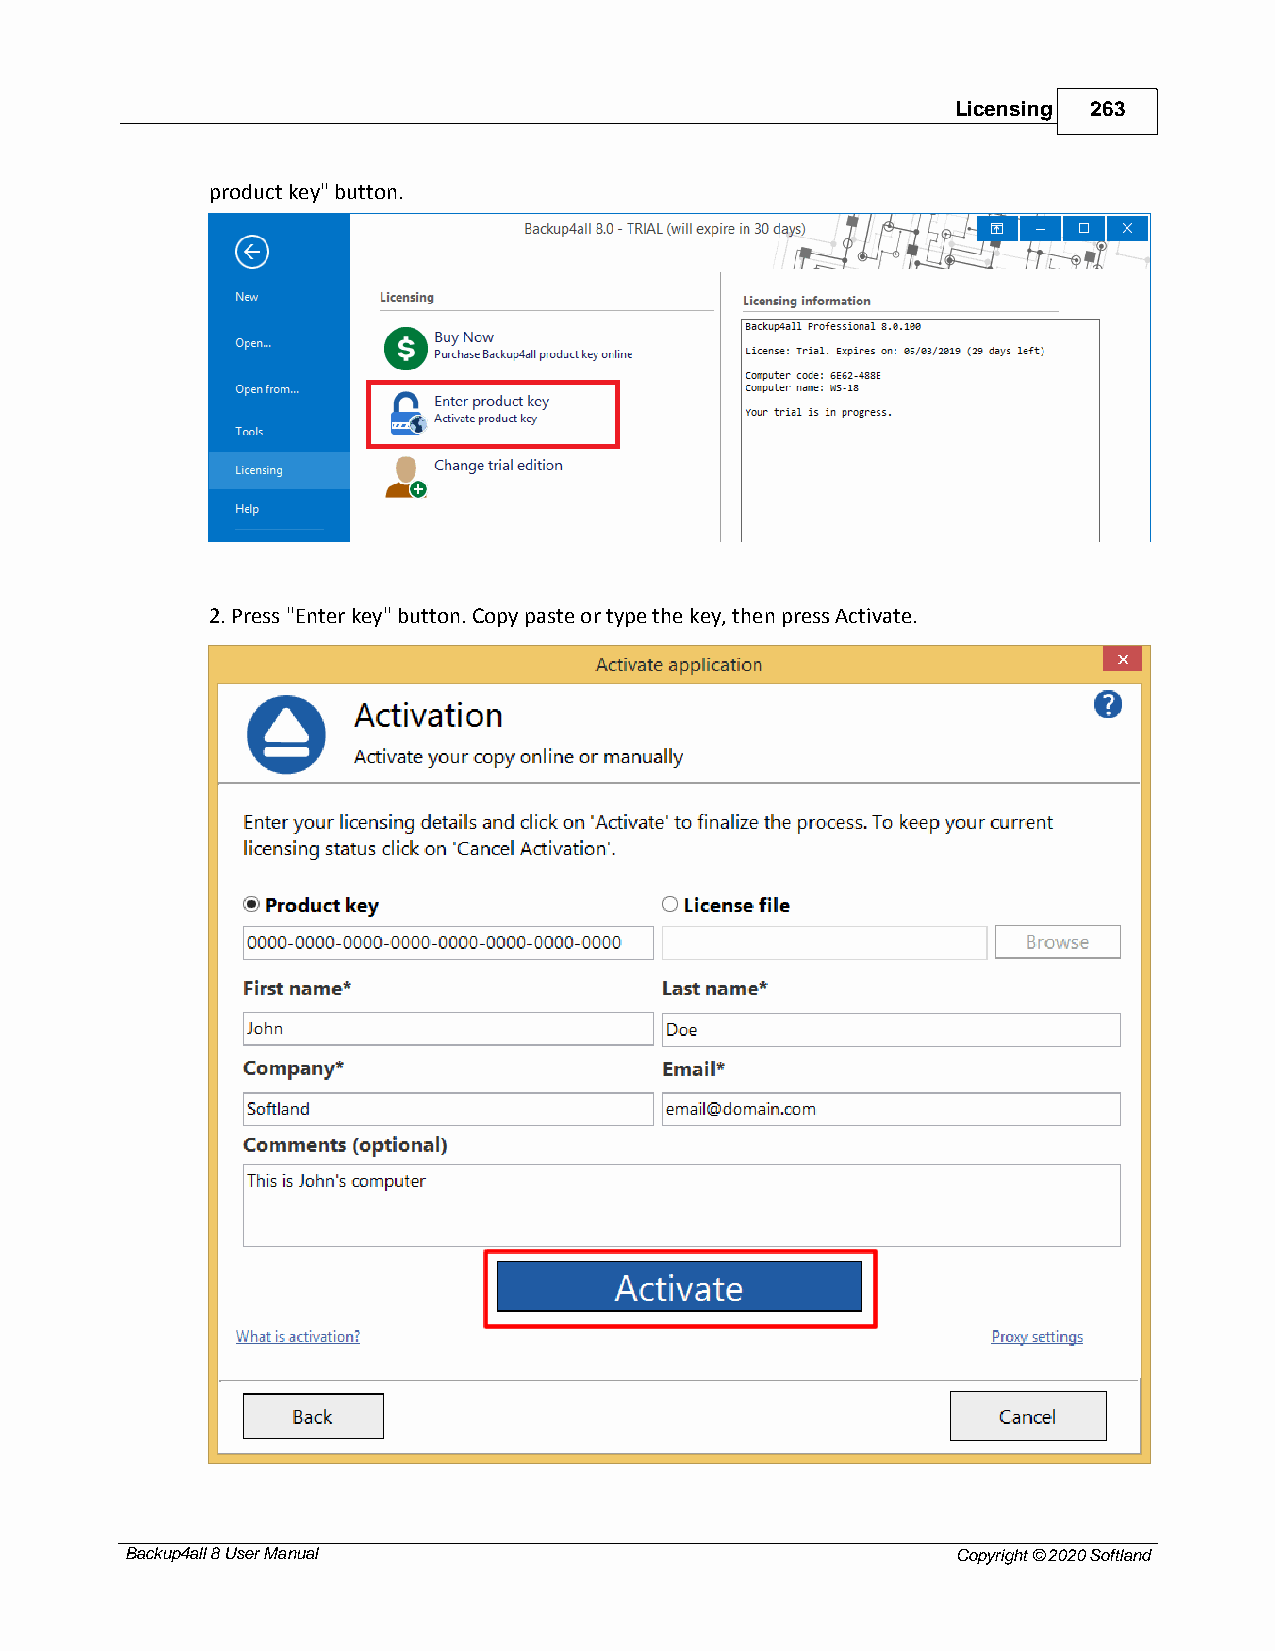
Licensing 263
 product key" button.
 2. Press "Enter key" button. Copy paste or type the key, then press Activate.
 Backup4all 8 User Manual                               Copyright © 2020 Softland